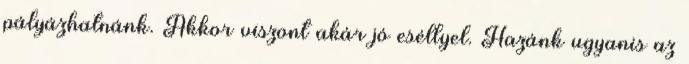
pályázhatnánk. Akkor viszont akár jó eséllyel. Hazánk ugyanis az